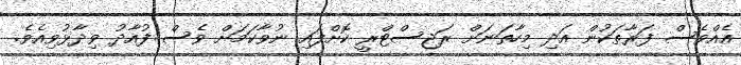
އެއްވެސް ފަރާތަކުން އަދި މިހާތަނަށް ރަޖިސްޓްރީ ކޮށްފައި ނުވާކަމަށް ވެސް ފުއާދު ވިދާޅުވިއެވެ.